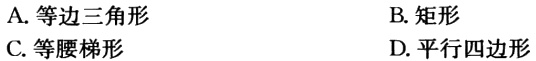
A. 等边三角形

B. 矩形

C. 等腰梯形

D. 平行四边形